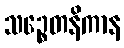
သဉ္စေတနိကာန